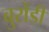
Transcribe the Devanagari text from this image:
बुरोंडी